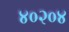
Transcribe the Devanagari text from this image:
४०२०४